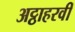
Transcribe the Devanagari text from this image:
अट्ठाहरवीं